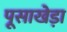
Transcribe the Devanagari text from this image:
पूसाखेड़ा